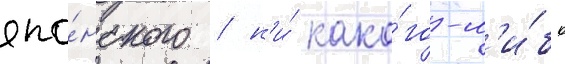
япо́нского / н'и́ како́го-л'и́бо